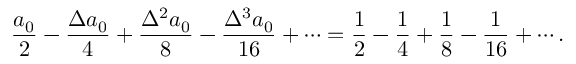
{ \frac { a _ { 0 } } { 2 } } - { \frac { \Delta a _ { 0 } } { 4 } } + { \frac { \Delta ^ { 2 } a _ { 0 } } { 8 } } - { \frac { \Delta ^ { 3 } a _ { 0 } } { 1 6 } } + \cdots = { \frac { 1 } { 2 } } - { \frac { 1 } { 4 } } + { \frac { 1 } { 8 } } - { \frac { 1 } { 1 6 } } + \cdots .